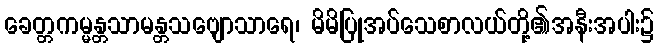
ခေတ္တကမ္မန္တသာမန္တသဗျောသာရေ၊ မိမိပြုအပ်သေစာလယ်တို့၏အနီးအပါး၌